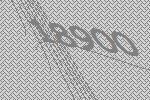
18900